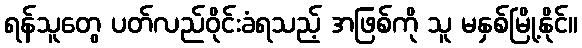
ရန်သူတွေ ပတ်လည်ဝိုင်းခံရသည့် အဖြစ်ကို သူ မနှစ်မြို့နိုင်။